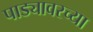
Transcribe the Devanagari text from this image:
पाड्यावरच्या